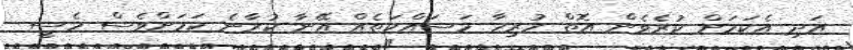
އަދި އެކަމަށް ކުރެވެން އޮތް ހުރިހާ މަސައްކަތެއް އޭނާ ކުރާނެ ކަމަށްވެސް މެސީ